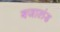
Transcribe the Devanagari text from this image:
बजालंड